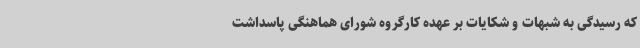
که رسیدگی به شبهات و شکایات بر عهده کارگروه شورای هماهنگی پاسداشت